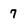
Character: 7